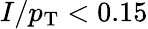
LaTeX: I/p_{\mathrm{T}}<0.15